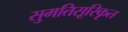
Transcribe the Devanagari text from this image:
सुमतिसूरिकृत